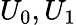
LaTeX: U_{0},U_{1}